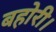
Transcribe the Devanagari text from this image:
बहोरी।